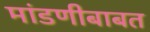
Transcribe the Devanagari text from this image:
मांडणीबाबत